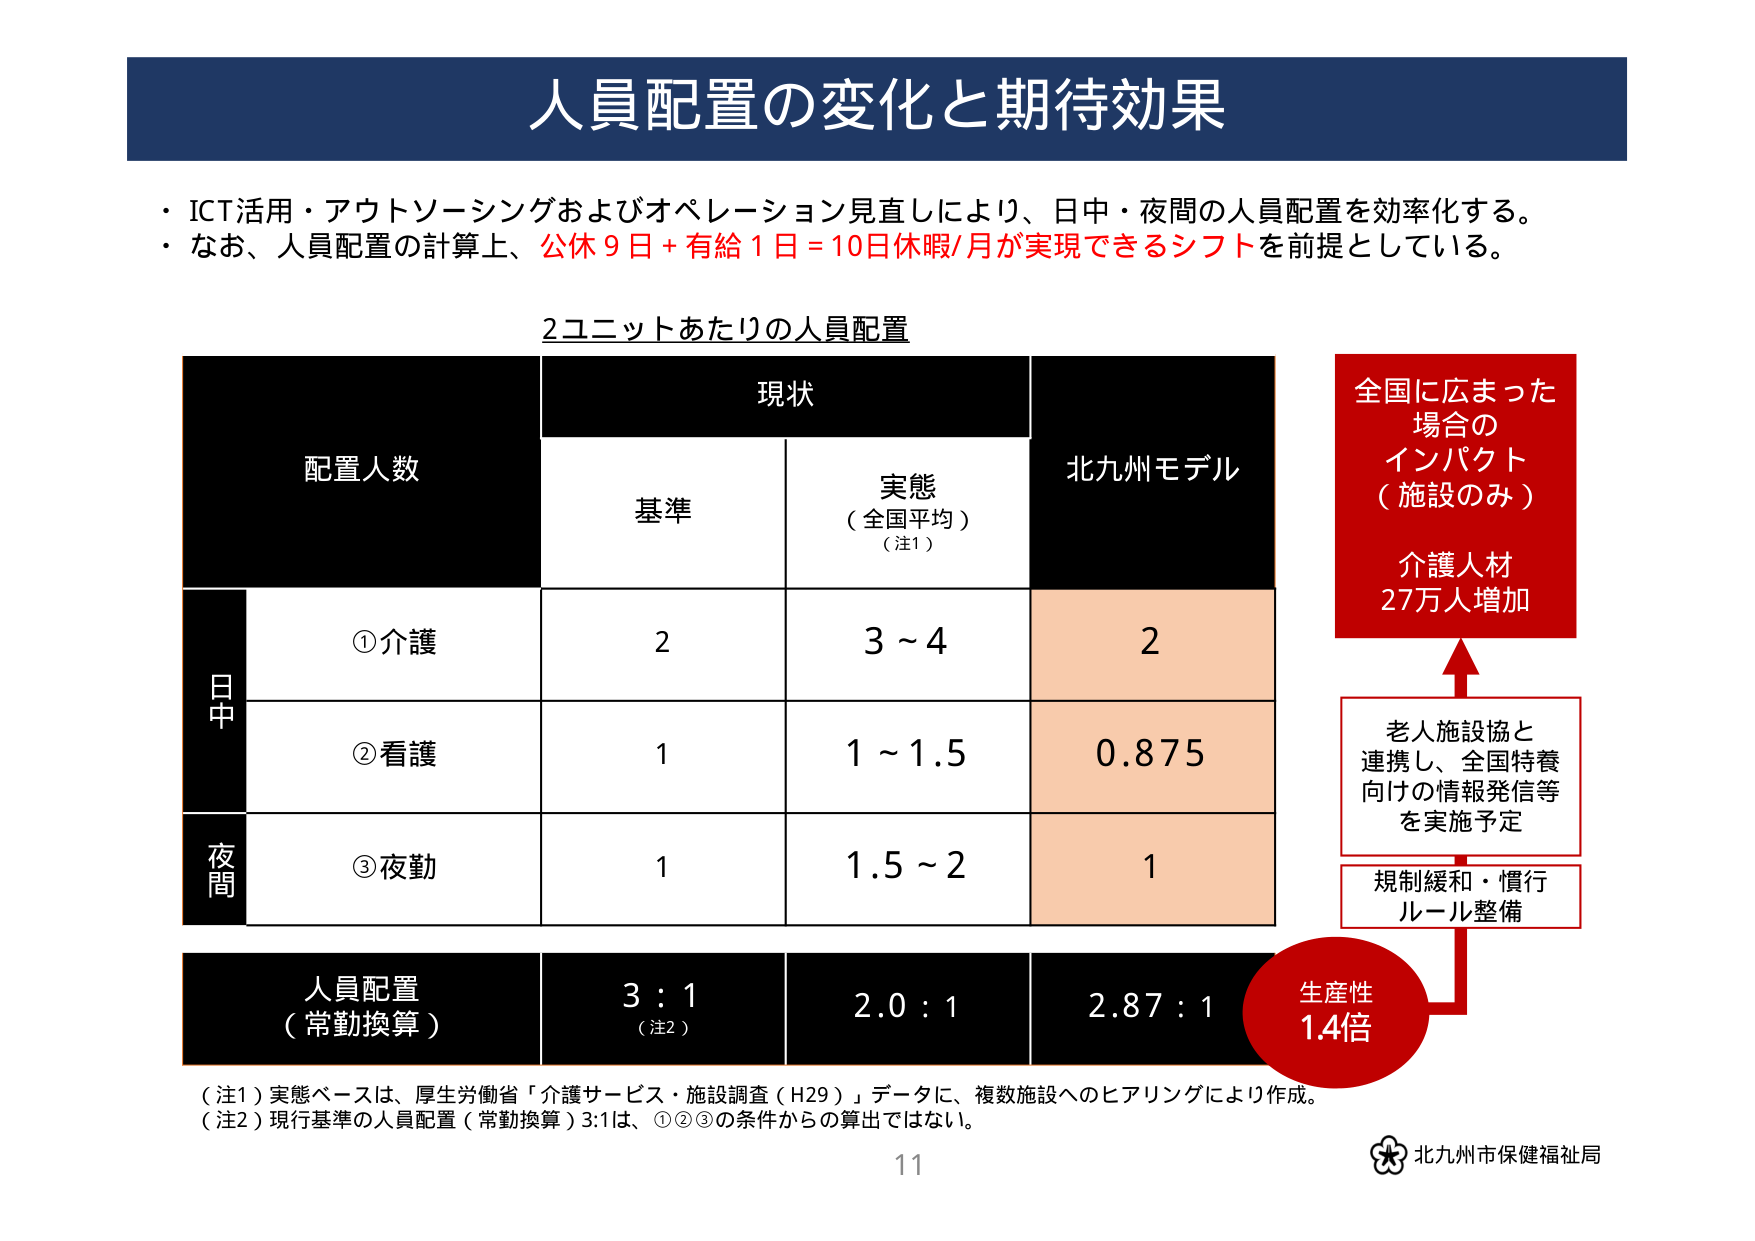
人員配置の変化と期待効果

・ICT活用・アウトソーシングおよびオペレーション見直しにより、日中・夜間の人員配置を効率化する。
・なお、人員配置の計算上、公休9日＋有給1日＝10日休暇/月が実現できるシフトを前提としている。

2ユニットあたりの人員配置

配置人数